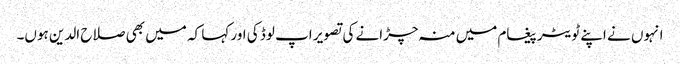
انہوں نے اپنے ٹویٹر پیغام میں منہ چڑانے کی تصویر اپ لوڈ کی اور کہا کہ میں بھی صلاح الدین ہوں۔